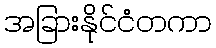
အခြားနိုင်ငံတကာ